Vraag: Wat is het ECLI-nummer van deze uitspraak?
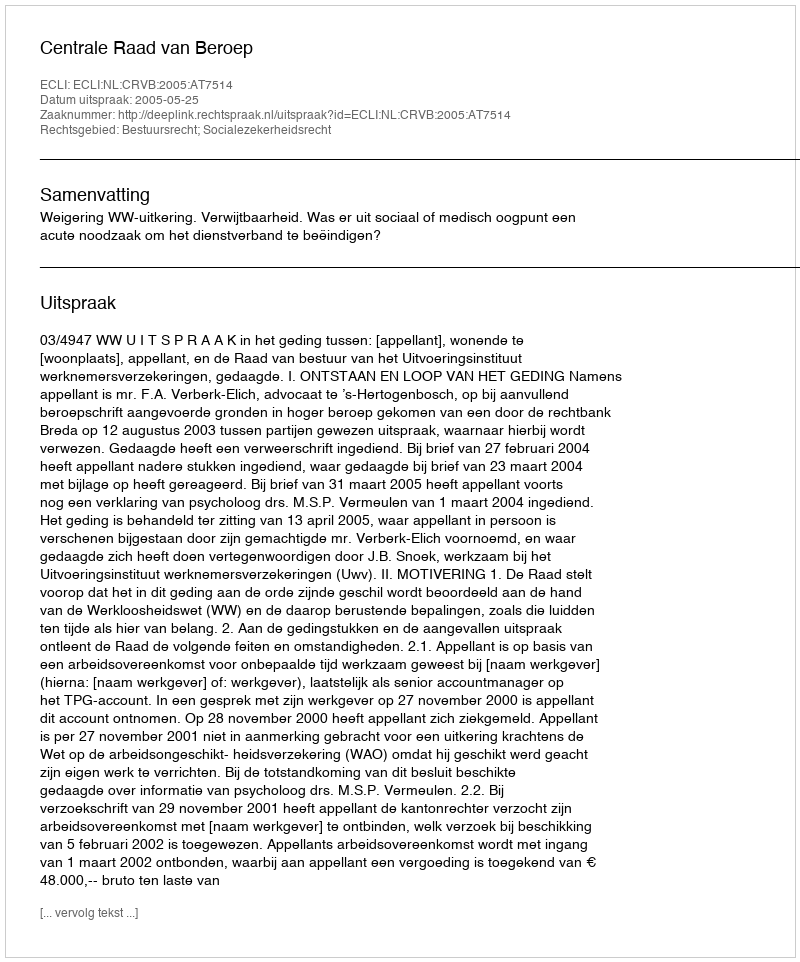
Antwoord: ECLI:NL:CRVB:2005:AT7514